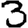
Digit: 3